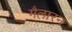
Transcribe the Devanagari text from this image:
मैलारन